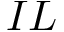
I L